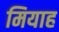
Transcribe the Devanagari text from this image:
मियाह